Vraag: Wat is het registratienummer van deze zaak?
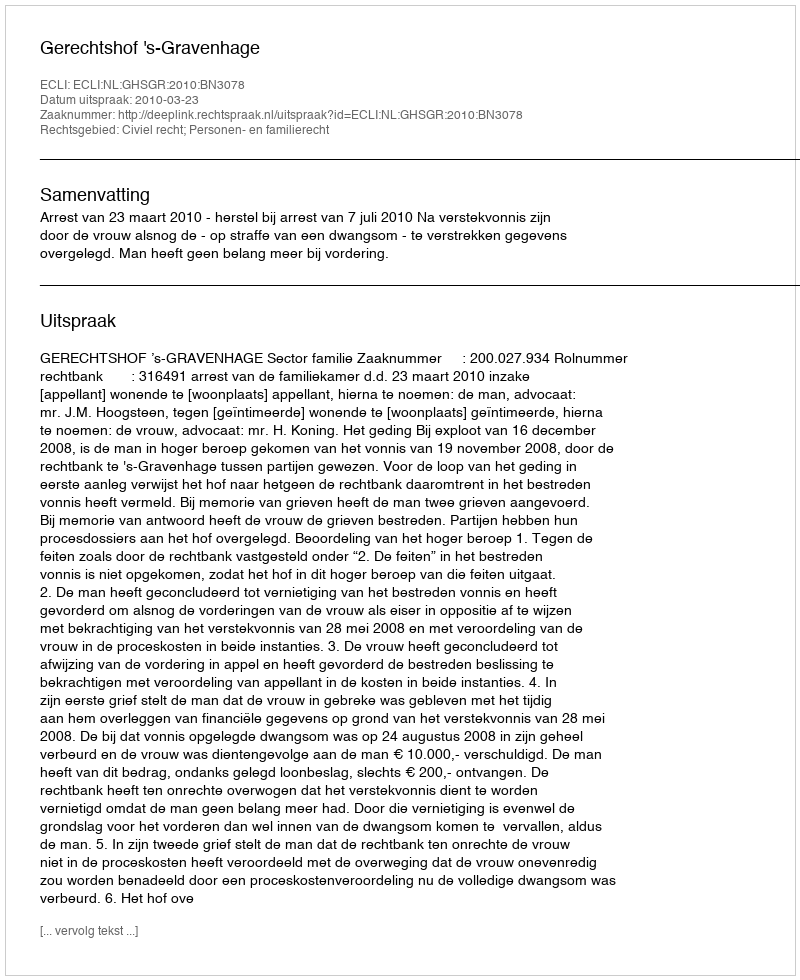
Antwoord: http://deeplink.rechtspraak.nl/uitspraak?id=ECLI:NL:GHSGR:2010:BN3078